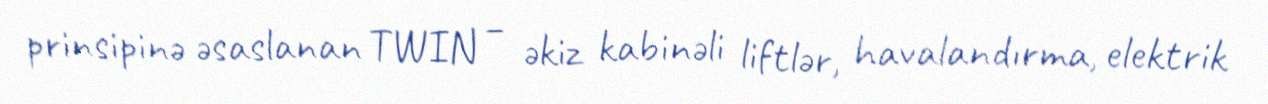
prinsipinə əsaslanan TWIN – əkiz kabinəli liftlər, havalandırma, elektrik